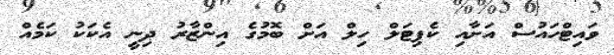
ވައިޓްހައުސް އަށާއި ކެޕިޓަލް ހިލް އަށް ބޮމުގެ އިންޒާރު ދިނީ އެކަކު ކަމެއް